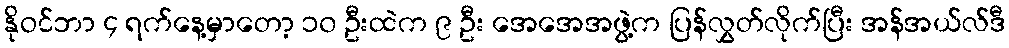
နိုဝင်ဘာ ၄ ရက်နေ့မှာတော့ ၁၀ ဦးထဲက ၉ ဦး အေအေအဖွဲ့က ပြန်လွှတ်လိုက်ပြီး အန်အယ်လ်ဒီ